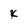
Character: x